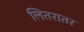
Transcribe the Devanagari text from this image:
लितरातर